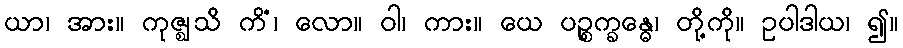
ယာ၊ အား။ ကုဇ္ဈသိ ကိံ၊ လော။ ဝါ၊ ကား။ ယေ ပဉ္စက္ခန္ဓေ၊ တို့ကို။ ဥပါဒါယ၊ ၍။